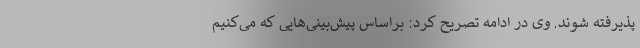
پذیرفته شوند. وی در ادامه تصریح کرد: براساس پیش‌بینی‌هایی که می‌کنیم